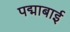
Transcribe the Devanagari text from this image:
पद्माबाई